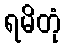
ရမိတုံ